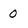
Character: 0